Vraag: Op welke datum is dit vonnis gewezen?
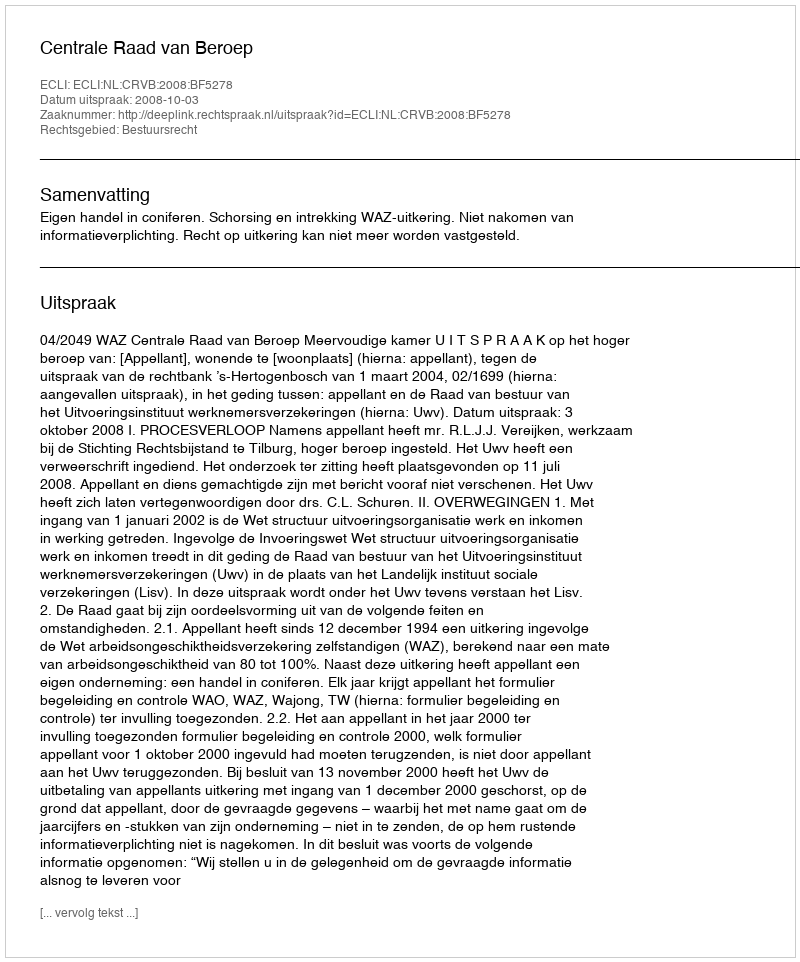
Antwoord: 2008-10-03